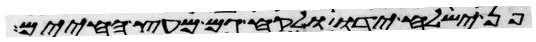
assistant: פן ישלח ידו ולקח גם מעץ החיים